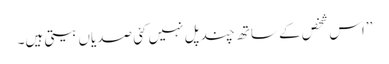
’’اس شخص کے ساتھ چند پل نہیں کئی صدیاں بیتی ہیں۔